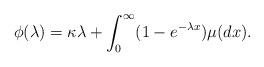
LaTeX: \begin{align*} \phi (\lambda) =\kappa \lambda + \int_0^\infty (1-e^{-\lambda x}) \mu ( dx). \end{align*}